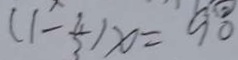
( 1 - \frac { 2 } { 3 } ) x = 9 0